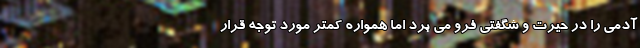
آدمی را در حیرت و شگفتی فرو می برد اما همواره کمتر مورد توجه قرار